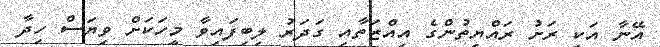
އޭނާ އަކީ ރަށު ރައްޔިތުންގެ އިއްޒަތާއި ގަދަރު ލިބިފައިވާ މީހަކަށް ވިޔަސް ހިދާ